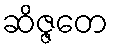
ဆိဇ္ဇတေ